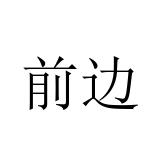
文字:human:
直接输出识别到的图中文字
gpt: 前边